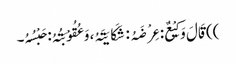
)) قَالَ وَکِیْعٌ: عِرْضَہُ: شَکَایَتَہُ، وَعُقُوْبَتُہُ: حَبْسُہُ۔